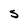
Character: S